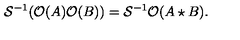
{ \cal S } ^ { - 1 } ( { \cal O } ( A ) { \cal O } ( B ) ) = { \cal S } ^ { - 1 } { \cal O } ( A \star B ) .